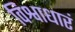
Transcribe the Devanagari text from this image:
विश्वाधारं